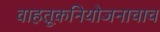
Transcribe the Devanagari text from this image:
वाहतूकनियोजनाचाच